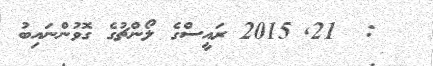
:  21